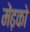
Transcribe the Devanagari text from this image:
मेंढ़को